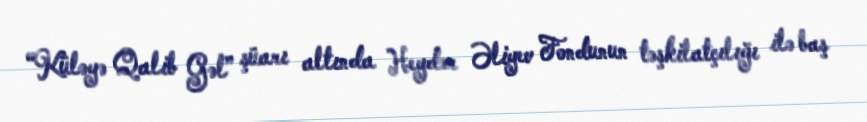
“Küləyə Qalib Gəl” şüarı altında Heydər Əliyev Fondunun təşkilatçılığı ilə baş